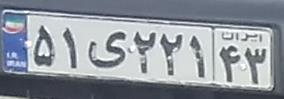
۵۱ی۲۲۱۴۳